65_HS1-834228961_62-HQ-83894_Section_2
Agency: FBI
Page 134
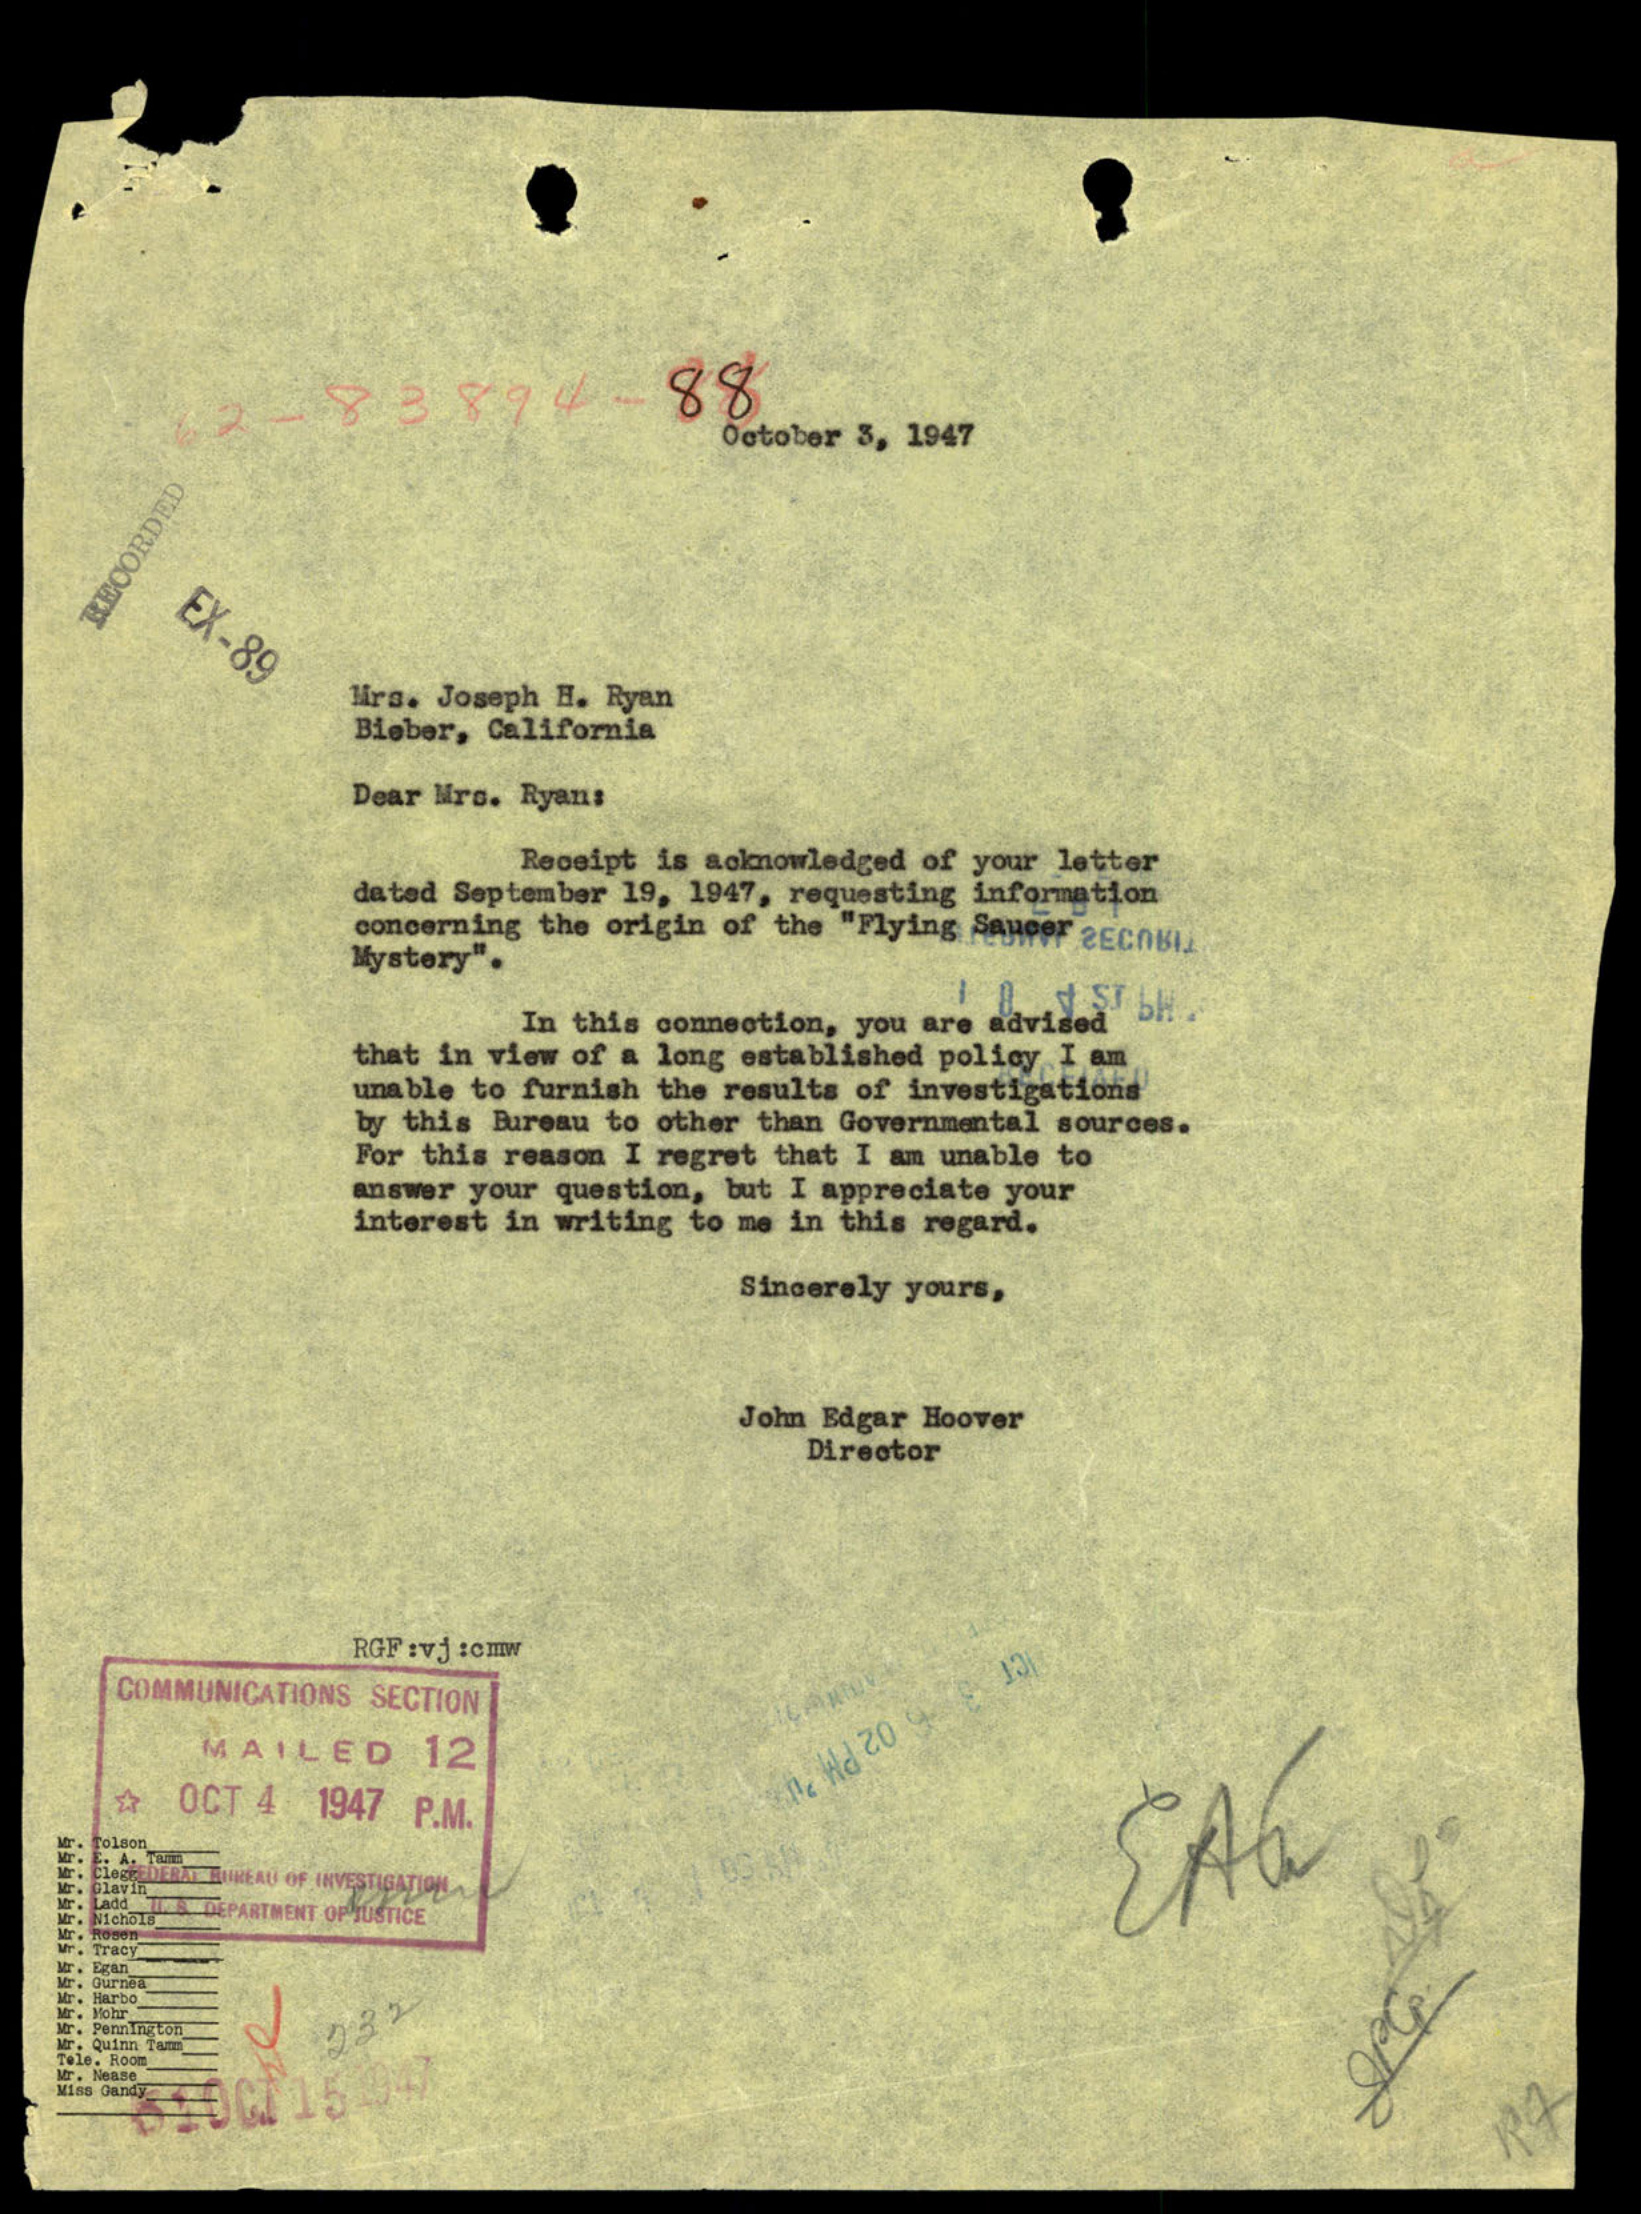